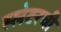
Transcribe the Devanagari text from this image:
स्लेटरची